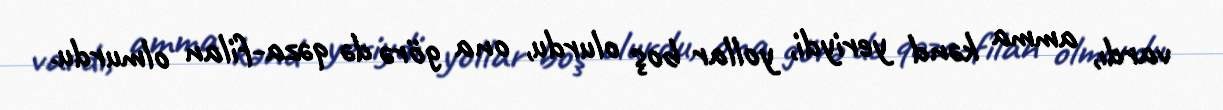
vardı, amma kənd yeriydi, yollar boş olurdu, ona görə də qəza-filan olmurdu.